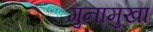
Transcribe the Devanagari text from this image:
गुनामुखा